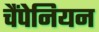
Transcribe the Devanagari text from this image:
चैंपेनियन